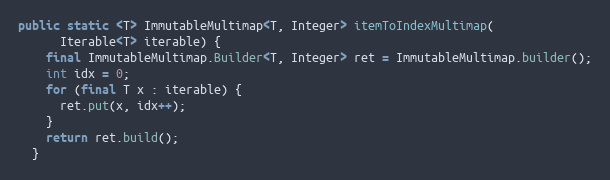
Language: Java
public static <T> ImmutableMultimap<T, Integer> itemToIndexMultimap(
      Iterable<T> iterable) {
    final ImmutableMultimap.Builder<T, Integer> ret = ImmutableMultimap.builder();
    int idx = 0;
    for (final T x : iterable) {
      ret.put(x, idx++);
    }
    return ret.build();
  }